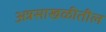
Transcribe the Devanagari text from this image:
अन्नसाखळीतील